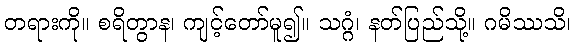
တရားကို။ စရိတွာန၊ ကျင့်တော်မူ၍။ သဂ္ဂံ၊ နတ်ပြည်သို့။ ဂမိဿသိ၊